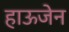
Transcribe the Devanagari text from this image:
हाऊजेन